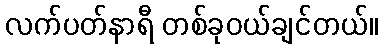
လက်ပတ်နာရီ တစ်ခုဝယ်ချင်တယ်။